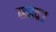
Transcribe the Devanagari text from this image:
मन्द।